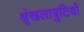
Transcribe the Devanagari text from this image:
श्रृंखलात्रुटियों